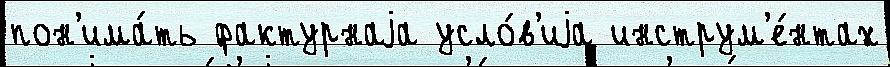
пон'има́ть фактурнаjа усло́в'иjа инструм'е́нтах